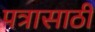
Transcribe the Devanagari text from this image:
पत्रासाठी